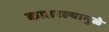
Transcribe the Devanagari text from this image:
कातरल्यामुळे